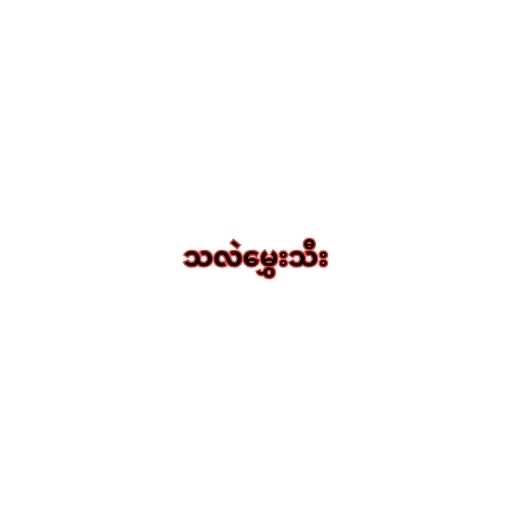
သလဲမွှေးသီး